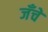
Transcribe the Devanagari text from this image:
जँचे